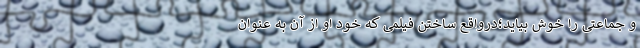
و جماعتی را خوش بیاید؛درواقع ساختن فیلمی که خود او از آن به عنوان